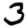
Digit: 3